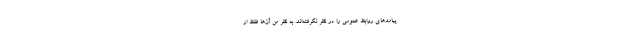
پیامد‌های روابط عمومی را در نظر نگرفته‌اند. به نظر من آن‌ها فقط از